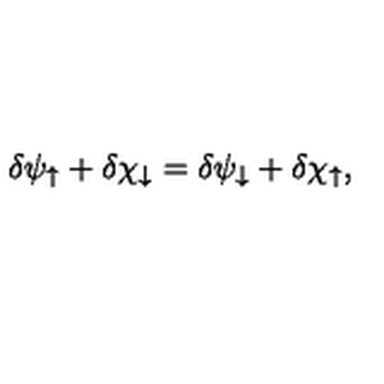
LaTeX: \delta \psi _ { \uparrow } + \delta \chi _ { \downarrow } = \delta \psi _ { \downarrow } + \delta \chi _ { \uparrow } ,